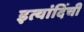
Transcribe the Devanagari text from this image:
इत्यांदिंची